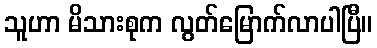
သူဟာ မိသားစုက လွတ်မြောက်လာပါပြီ။